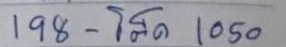
198 - โต๊ด 1050